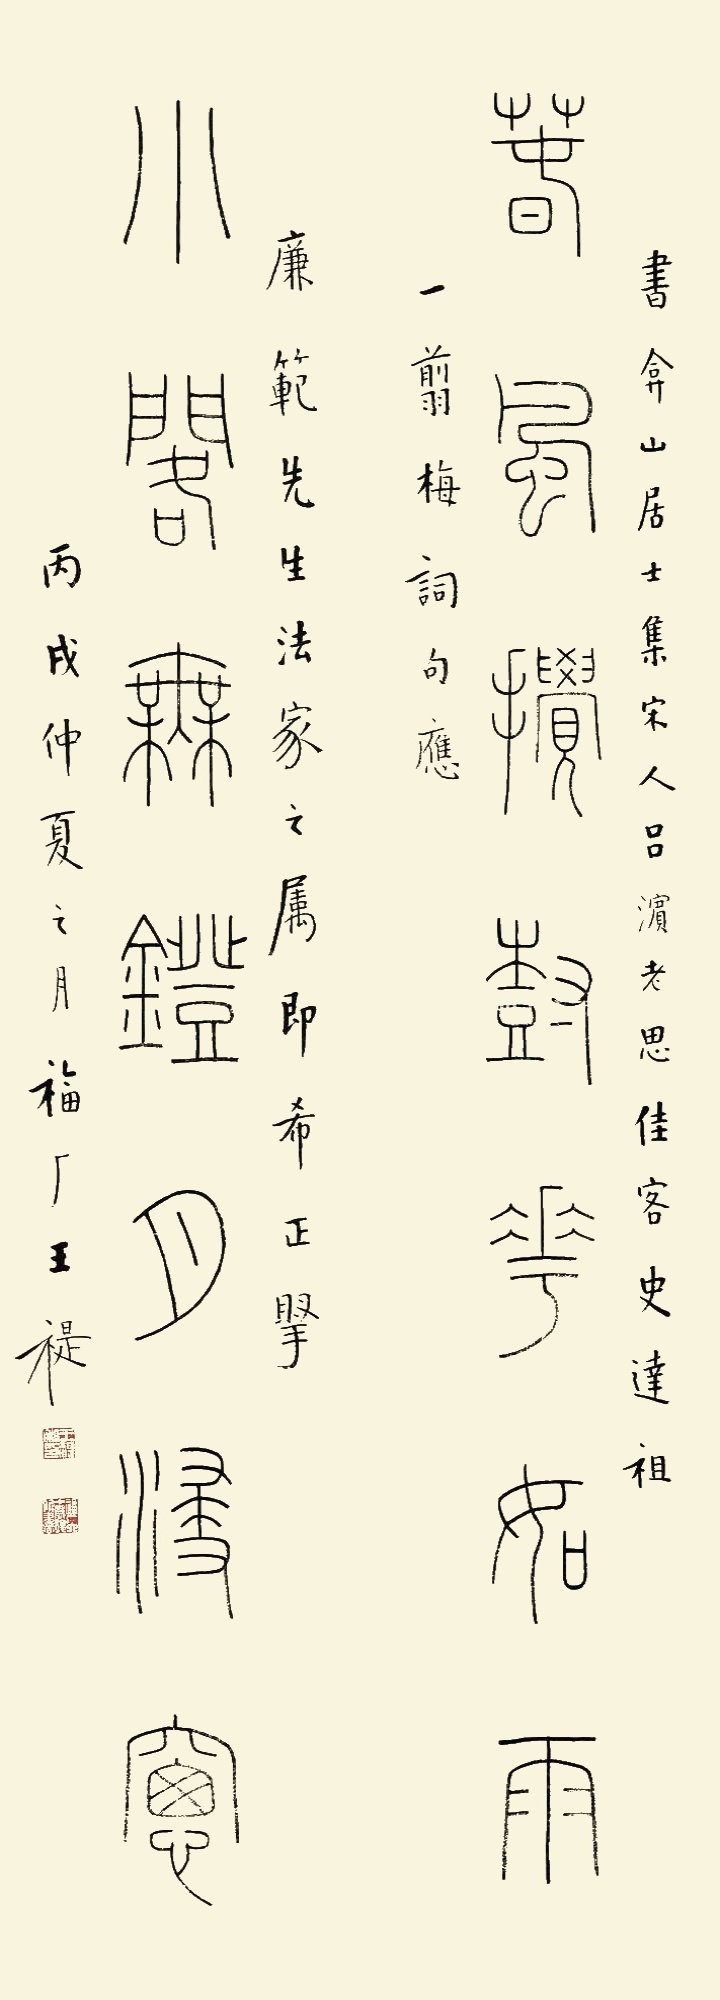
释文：春风搅树花如雨，小阁无灯月浸窗。书弇山居士集宋人吕滨老思佳客史达祖一剪梅词句，应廉范先生法家之属，即希正腕，丙戌仲夏之月，福厂王褆。